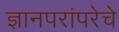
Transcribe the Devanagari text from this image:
ज्ञानपरांपरेचे